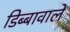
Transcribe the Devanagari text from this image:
डिब्बावाले